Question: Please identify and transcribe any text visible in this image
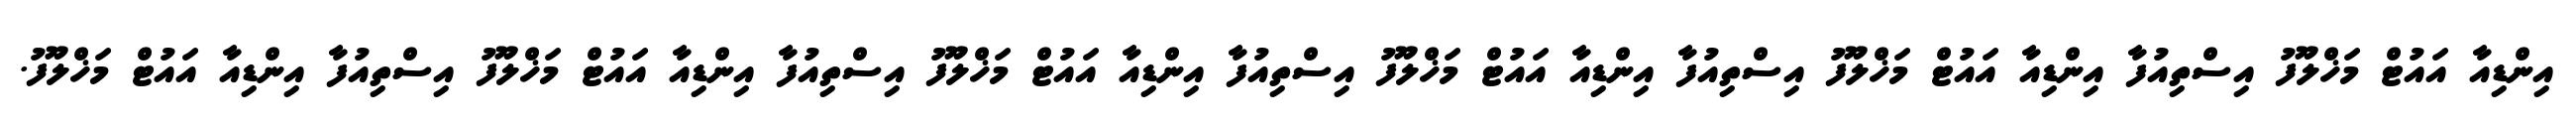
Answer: އިންޑިއާ އައުޓް މަޚްލޫފު އިސްތިއުފާ އިންޑިއާ އައުޓް މަޚްލޫފު އިސްތިއުފާ އިންޑިއާ އައުޓް މަޚްލޫފު އިސްތިއުފާ އިންޑިއާ އައުޓް މަޚްލޫފު އިސްތިއުފާ އިންޑިއާ އައުޓް މަޚްލޫފު އިސްތިއުފާ އިންޑިއާ އައުޓް މަޚްލޫފު.